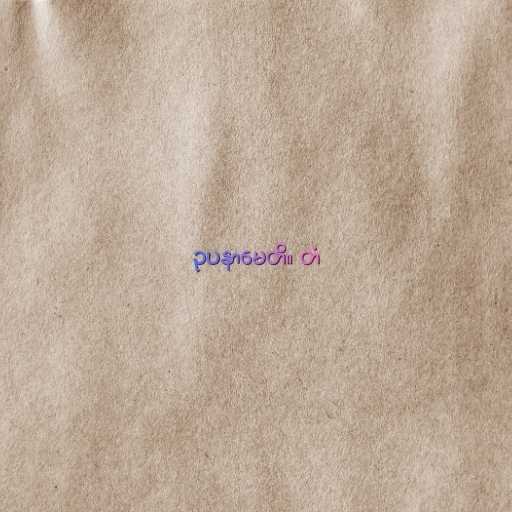
ဥပနာမေတိ။ တံ